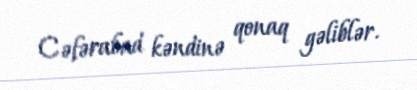
Cəfərabad kəndinə qonaq gəliblər.